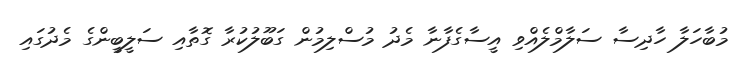
މުބާހަލާ ހާދިސާ ސަލާމްލެއްވި އީސާގެފާނާ މެދު މުސްލިމުން ގަބޫލުކުރާ ގޮތާއި ސަލީބީންގެ މެދުގައި